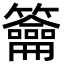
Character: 籥